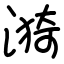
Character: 漪